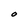
Character: O